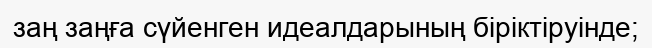
заң заңға сүйенген идеалдарының бiрiктiруiнде;